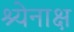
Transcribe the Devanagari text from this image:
श्येनाक्ष